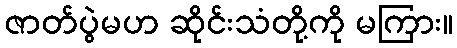
ဇာတ်ပွဲမဟ ဆိုင်းသံတို့ကို မကြား။